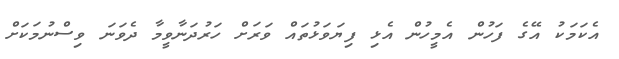
އެކަމަކު އޭގެ ފަހުން އެމީހުން އެޅި ފިޔަވަޅުތައް ވަރަށް ހަރުދަނާވީމާ ދެވަނަ ވިސްނުމަކަށް